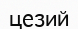
цезий